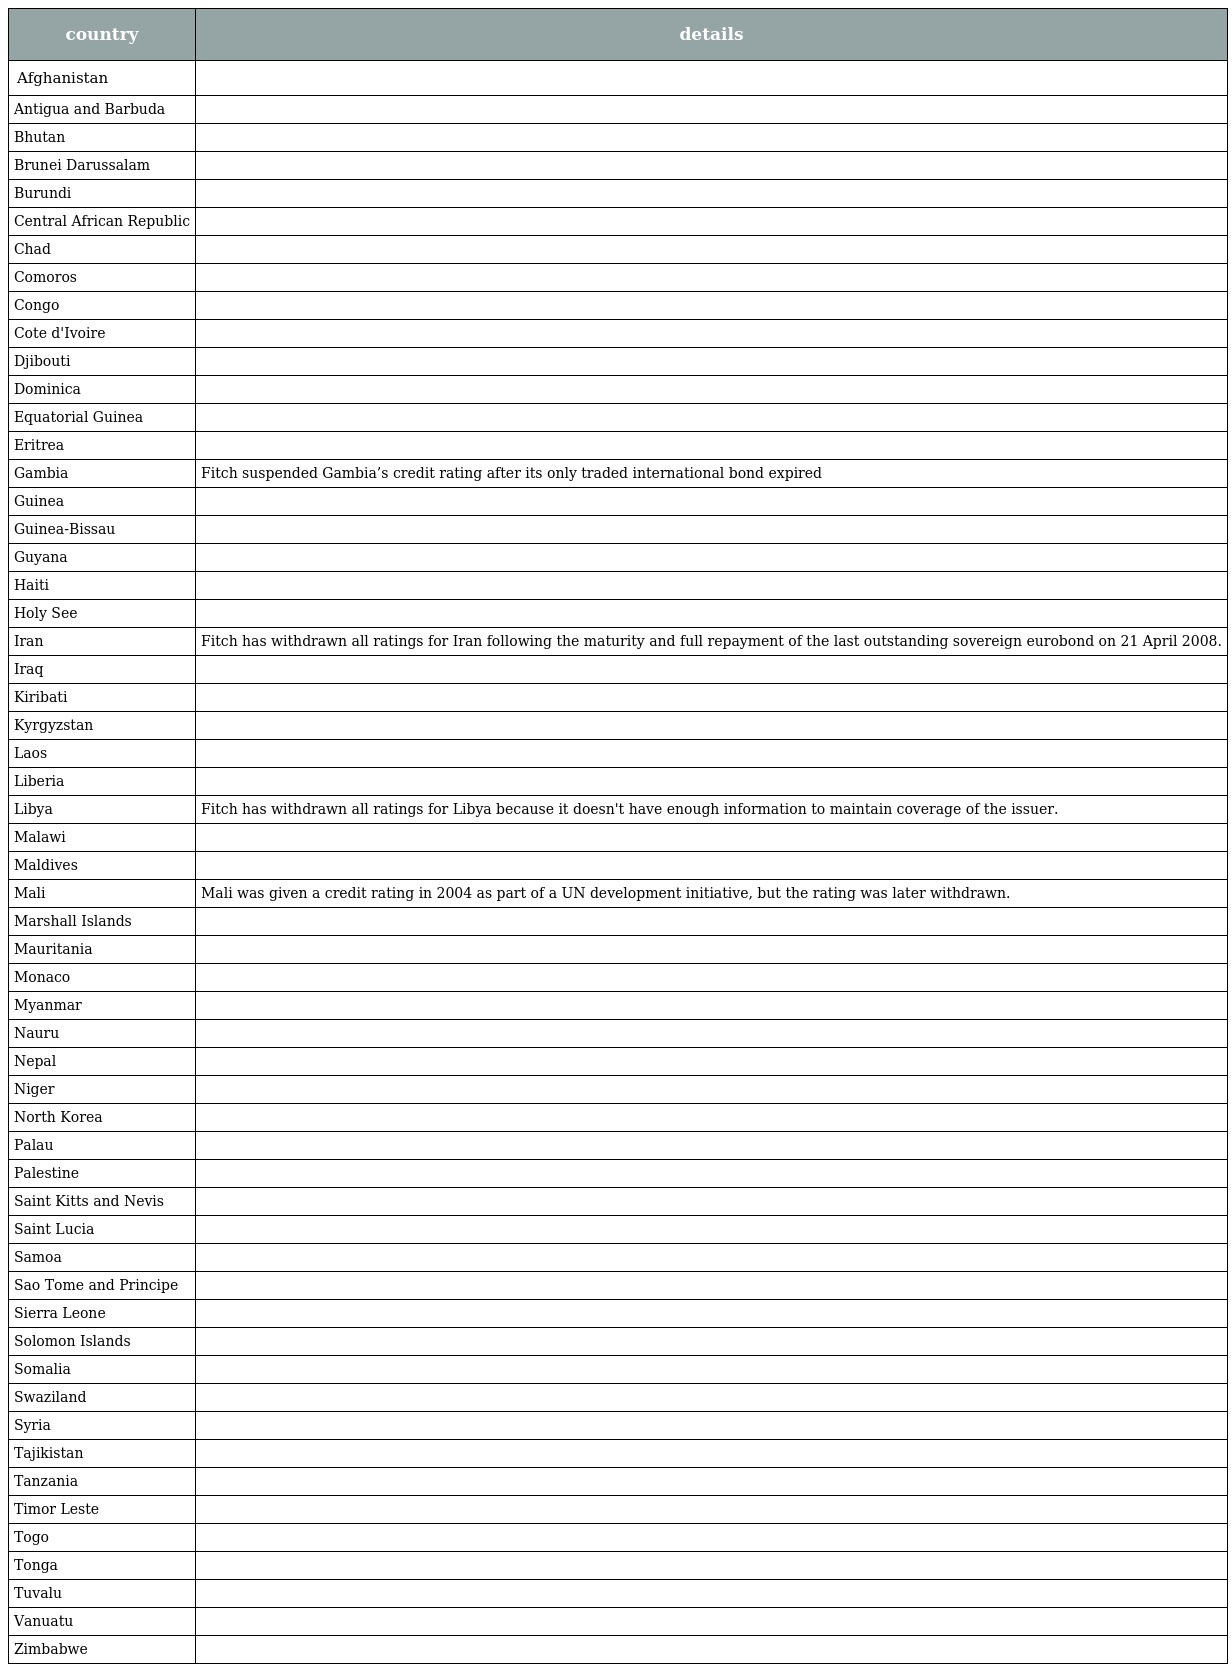
| country | details |
 | --- | --- |
 | Afghanistan |  |
 | Antigua and Barbuda |  |
 | Bhutan |  |
 | Brunei Darussalam |  |
 | Burundi |  |
 | Central African Republic |  |
 | Chad |  |
 | Comoros |  |
 | Congo |  |
 | Cote d'Ivoire |  |
 | Djibouti |  |
 | Dominica |  |
 | Equatorial Guinea |  |
 | Eritrea |  |
 | Gambia | Fitch suspended Gambia’s credit rating after its only traded international bond expired |
 | Guinea |  |
 | Guinea-Bissau |  |
 | Guyana |  |
 | Haiti |  |
 | Holy See |  |
 | Iran | Fitch has withdrawn all ratings for Iran following the maturity and full repayment of the last outstanding sovereign eurobond on 21 April 2008. |
 | Iraq |  |
 | Kiribati |  |
 | Kyrgyzstan |  |
 | Laos |  |
 | Liberia |  |
 | Libya | Fitch has withdrawn all ratings for Libya because it doesn't have enough information to maintain coverage of the issuer. |
 | Malawi |  |
 | Maldives |  |
 | Mali | Mali was given a credit rating in 2004 as part of a UN development initiative, but the rating was later withdrawn. |
 | Marshall Islands |  |
 | Mauritania |  |
 | Monaco |  |
 | Myanmar |  |
 | Nauru |  |
 | Nepal |  |
 | Niger |  |
 | North Korea |  |
 | Palau |  |
 | Palestine |  |
 | Saint Kitts and Nevis |  |
 | Saint Lucia |  |
 | Samoa |  |
 | Sao Tome and Principe |  |
 | Sierra Leone |  |
 | Solomon Islands |  |
 | Somalia |  |
 | Swaziland |  |
 | Syria |  |
 | Tajikistan |  |
 | Tanzania |  |
 | Timor Leste |  |
 | Togo |  |
 | Tonga |  |
 | Tuvalu |  |
 | Vanuatu |  |
 | Zimbabwe |  |